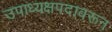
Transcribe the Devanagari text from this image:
उपाध्यक्षपदावरून